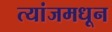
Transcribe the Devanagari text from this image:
त्यांजमधून